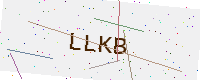
Text: LLKB